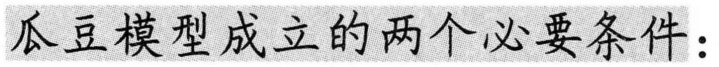
瓜豆模型成立的两个必要条件：